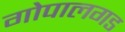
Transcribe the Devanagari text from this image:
गोपालगड